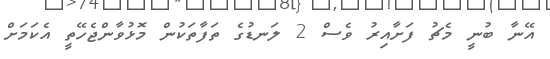
އޭނާ ބުނީ މެޗު ފަށާއިރު ވެސް 2 ލަނޑުގެ ތަފާތަކުން މޮޅުވާންޖެހޭތީ އެކަމަށް